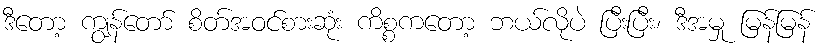
ဒီတော့ ကျွန်တော် စိတ်အဝင်စားဆုံး ကိစ္စကတော့ ဘယ်လိုပဲ ပြီးပြီး၊ ဒီအမှု မြန်မြန်